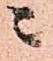
ニ